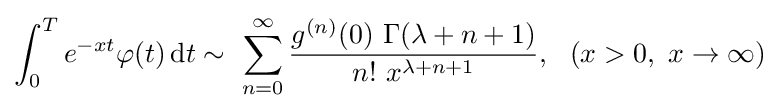
\int _{0}^{T}e^{-xt}\varphi (t)\,\mathrm {d} t\sim \ \sum _{n=0}^{\infty }{\frac {g^{(n)}(0)\ \Gamma (\lambda +n+1)}{n!\ x^{\lambda +n+1}}},\ \ (x>0,\ x\rightarrow \infty )